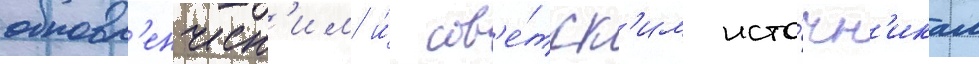
обновл'енческ'им и́ сов'е́тск'им исто́чн'икам